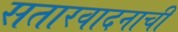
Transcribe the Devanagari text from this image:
सतारवादनाची